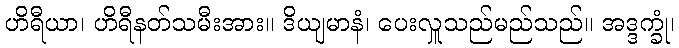
ဟိရီယာ၊ ဟိရီနတ်သမီးအား။ ဒိယျမာနံ၊ ပေးလှူသည်မည်သည်။ အဒ္ဒက္ခုံ၊